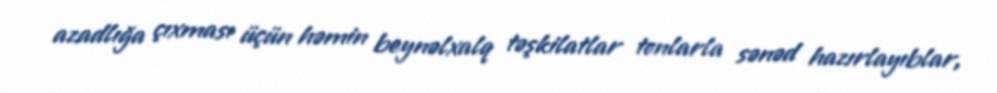
azadlığa çıxması üçün həmin beynəlxalq təşkilatlar tonlarla sənəd hazırlayıblar,